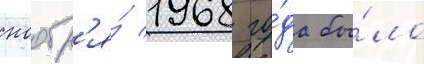
ноабр'я́ 1968 го́да бы́ло